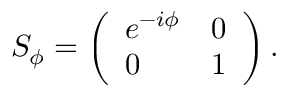
\begin{array} { r } { S _ { \phi } = \left( \begin{array} { l l } { e ^ { - i \phi } } & { 0 } \\ { 0 } & { 1 } \end{array} \right) . } \end{array}